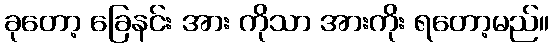
ခုတော့ ခြေနင်း အား ကိုသာ အားကိုး ရတော့မည်။